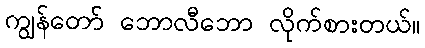
ကျွန်တော် ဘောလီဘော လိုက်စားတယ်။